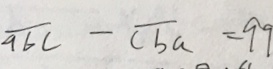
\overline { a b c } - \overline { c b a } = 9 9